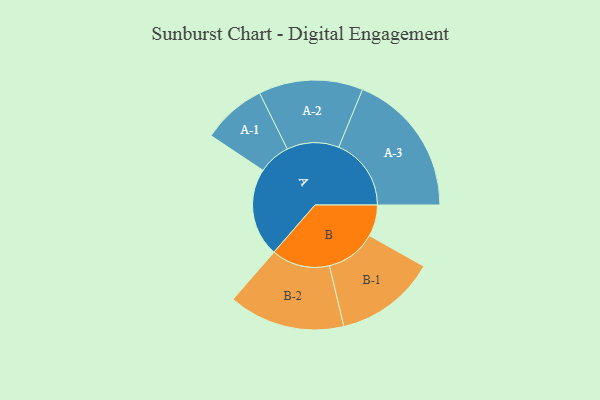
{"axis": {"x": "Segment", "y": "Value"}, "legend": ["", "A", "B"], "data": [{"x": "A", "y": 287, "type": ""}, {"x": "B", "y": 102, "type": ""}, {"x": "A-1", "y": 104, "type": "A"}, {"x": "A-2", "y": 169, "type": "A"}, {"x": "A-3", "y": 235, "type": "A"}, {"x": "B-1", "y": 164, "type": "B"}, {"x": "B-2", "y": 189, "type": "B"}]}